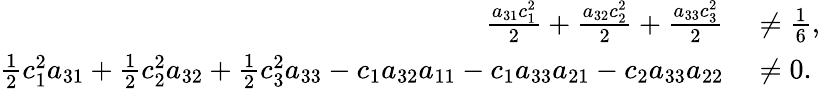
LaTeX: \begin{array}{rl}{\frac{a_{31}c_{1}^{2}}{2}+\frac{a_{32}c_{2}^{2}}{2}+\frac{a_{33}c_{3}^{2}}{2}}&{{}\ne\frac{1}{6},}\\ {\frac{1}{2}c_{1}^{2}a_{31}+\frac{1}{2}c_{2}^{2}a_{32}+\frac{1}{2}c_{3}^{2}a_{33}-c_{1}a_{32}a_{11}-c_{1}a_{33}a_{21}-c_{2}a_{33}a_{22}}&{{}\ne 0.}\end{array}